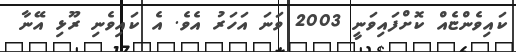
ކައިވެންޏެއް ކޮށްފައިވަނީ 2003 ވަނަ އަހަރު އެވެ. އެ ކައިވެނި ރޫޅި އޭނާ